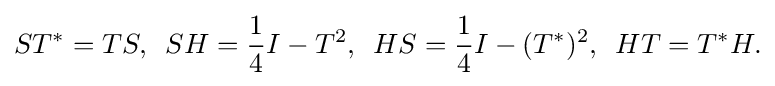
\displaystyle {ST^{*}=TS,\,\,\,SH={1 \over 4}I-T^{2},\,\,\,HS={1 \over 4}I-(T^{*})^{2},\,\,\,HT=T^{*}H.}